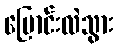
ပြောင်းလဲသွား